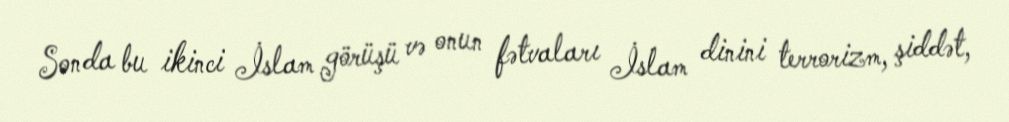
Sonda bu ikinci İslam görüşü və onun fətvaları İslam dinini terrorizm, şiddət,